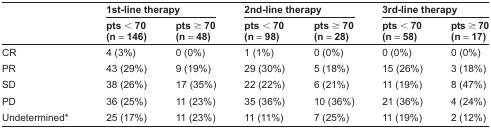
<table><thead><tr><td rowspan="2"></td><td colspan="2"><b>1st-line therapy</b></td><td colspan="2"><b>2nd-line therapy</b></td><td colspan="2"><b>3rd-line therapy</b></td></tr><tr><td><b>pts &lt; 70 (n = 146)</b></td><td><b>pts ≥ 70 (n = 48)</b></td><td><b>pts &lt; 70 (n = 98)</b></td><td><b>pts ≥ 70 (n = 28)</b></td><td><b>pts &lt; 70 (n = 58)</b></td><td><b>pts ≥ 70 (n = 17)</b></td></tr></thead><tbody><tr><td>CR</td><td>4 (3%)</td><td>0 (0%)</td><td>1 (1%)</td><td>0 (0%)</td><td>0 (0%)</td><td>0 (0%)</td></tr><tr><td>PR</td><td>43 (29%)</td><td>9 (19%)</td><td>29 (30%)</td><td>5 (18%)</td><td>15 (26%)</td><td>3 (18%)</td></tr><tr><td>SD</td><td>38 (26%)</td><td>17 (35%)</td><td>22 (22%)</td><td>6 (21%)</td><td>11 (19%)</td><td>8 (47%)</td></tr><tr><td>PD</td><td>36 (25%)</td><td>11 (23%)</td><td>35 (36%)</td><td>10 (36%)</td><td>21 (36%)</td><td>4 (24%)</td></tr><tr><td>Undetermined*</td><td>25 (17%)</td><td>11 (23%)</td><td>11 (11%)</td><td>7 (25%)</td><td>11 (19%)</td><td>2 (12%)</td></tr></tbody></table>